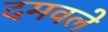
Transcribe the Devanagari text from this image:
दमवले